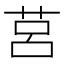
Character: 莒